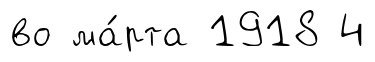
во ма́рта 1918 4